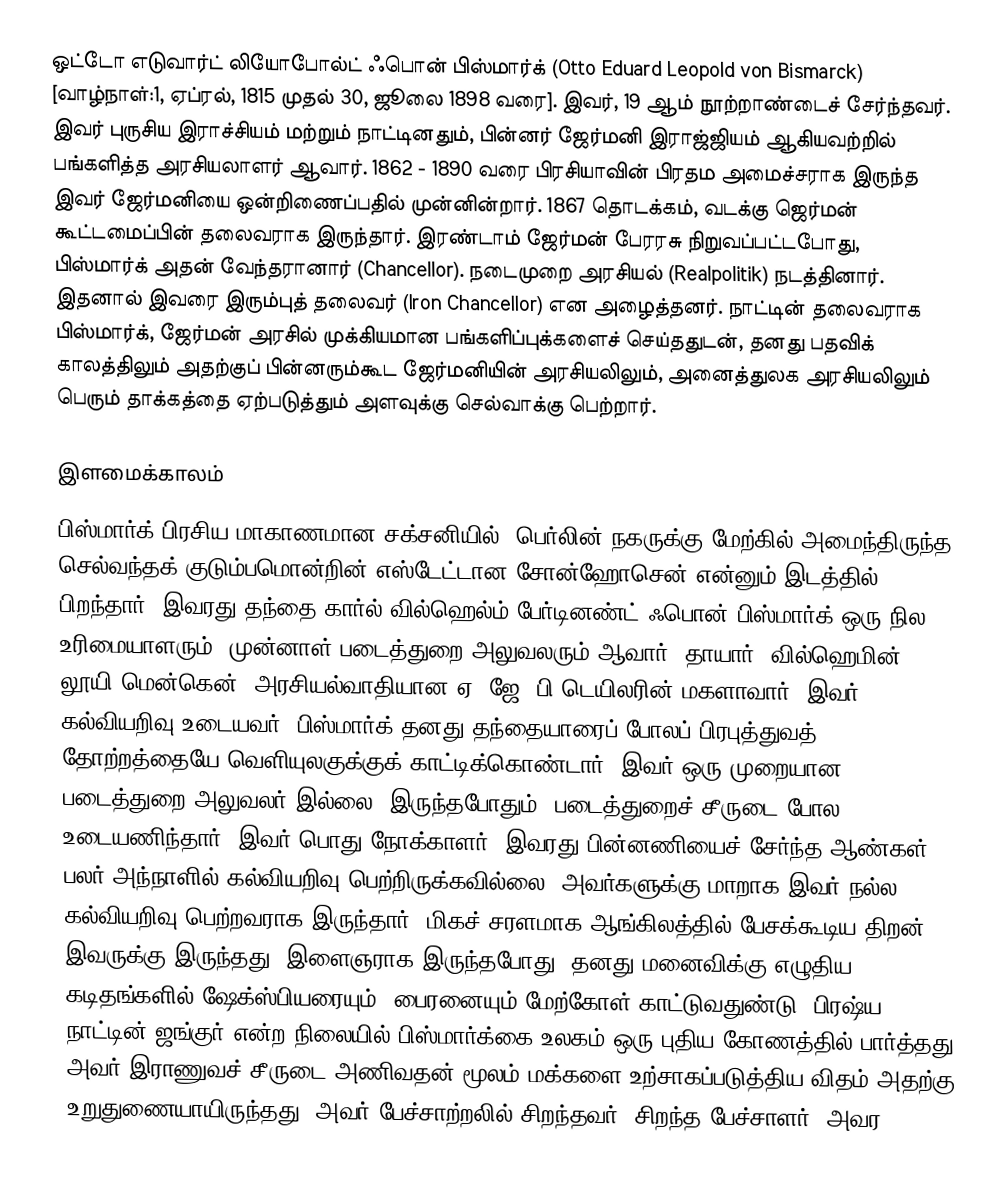
ஒட்டோ எடுவார்ட் லியோபோல்ட் ஃபொன் பிஸ்மார்க் (Otto Eduard Leopold von Bismarck) [வாழ்நாள்:1, ஏப்ரல், 1815 முதல் 30, ஜூலை 1898 வரை]. இவர், 19 ஆம் நூற்றாண்டைச் சேர்ந்தவர். இவர் புருசிய இராச்சியம் மற்றும்  நாட்டினதும், பின்னர் ஜேர்மனி இராஜ்ஜியம் ஆகியவற்றில் பங்களித்த அரசியலாளர் ஆவார். 1862 - 1890 வரை பிரசியாவின் பிரதம அமைச்சராக இருந்த இவர் ஜேர்மனியை ஒன்றிணைப்பதில் முன்னின்றார். 1867 தொடக்கம், வடக்கு ஜெர்மன் கூட்டமைப்பின் தலைவராக இருந்தார். இரண்டாம் ஜேர்மன் பேரரசு நிறுவப்பட்டபோது, பிஸ்மார்க் அதன் வேந்தரானார் (Chancellor). நடைமுறை அரசியல் (Realpolitik) நடத்தினார். இதனால் இவரை இரும்புத் தலைவர் (Iron Chancellor) என அழைத்தனர். நாட்டின் தலைவராக பிஸ்மார்க், ஜேர்மன் அரசில் முக்கியமான பங்களிப்புக்களைச் செய்ததுடன், தனது பதவிக் காலத்திலும் அதற்குப் பின்னரும்கூட ஜேர்மனியின் அரசியலிலும், அனைத்துலக அரசியலிலும் பெரும் தாக்கத்தை ஏற்படுத்தும் அளவுக்கு செல்வாக்கு பெற்றார்.

இளமைக்காலம்
பிஸ்மார்க் பிரசிய மாகாணமான சக்சனியில், பெர்லின் நகருக்கு மேற்கில் அமைந்திருந்த செல்வந்தக் குடும்பமொன்றின் எஸ்டேட்டான சோன்ஹோசென் என்னும் இடத்தில் பிறந்தார். இவரது தந்தை கார்ல் வில்ஹெல்ம் பேர்டினண்ட் ஃபொன் பிஸ்மார்க் ஒரு நில உரிமையாளரும், முன்னாள் படைத்துறை அலுவலரும் ஆவார். தாயார், வில்ஹெமின் லூயி மென்கென், அரசியல்வாதியான ஏ. ஜே. பி டெயிலரின் மகளாவார். இவர் கல்வியறிவு உடையவர். பிஸ்மார்க் தனது தந்தையாரைப் போலப் பிரபுத்துவத் தோற்றத்தையே வெளியுலகுக்குக் காட்டிக்கொண்டார். இவர் ஒரு முறையான படைத்துறை அலுவலர் இல்லை.  இருந்தபோதும், படைத்துறைச் சீருடை போல உடையணிந்தார். இவர் பொது நோக்காளர். இவரது பின்னணியைச் சேர்ந்த ஆண்கள் பலர் அந்நாளில் கல்வியறிவு பெற்றிருக்கவில்லை. அவர்களுக்கு மாறாக இவர் நல்ல கல்வியறிவு பெற்றவராக இருந்தார். மிகச் சரளமாக ஆங்கிலத்தில் பேசக்கூடிய திறன் இவருக்கு இருந்தது. இளைஞராக இருந்தபோது, தனது மனைவிக்கு எழுதிய கடிதங்களில் ஷேக்ஸ்பியரையும், பைரனையும் மேற்கோள் காட்டுவதுண்டு. பிரஷ்ய நாட்டின் ஜங்குர் என்ற நிலையில் பிஸ்மார்க்கை உலகம் ஒரு புதிய கோணத்தில் பார்த்தது. அவர் இராணுவச் சீருடை அணிவதன் மூலம் மக்களை உற்சாகப்படுத்திய விதம் அதற்கு உறுதுணையாயிருந்தது. அவர் பேச்சாற்றலில் சிறந்தவர். சிறந்த பேச்சாளர்.  அவர